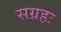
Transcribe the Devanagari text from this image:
सग्रहः